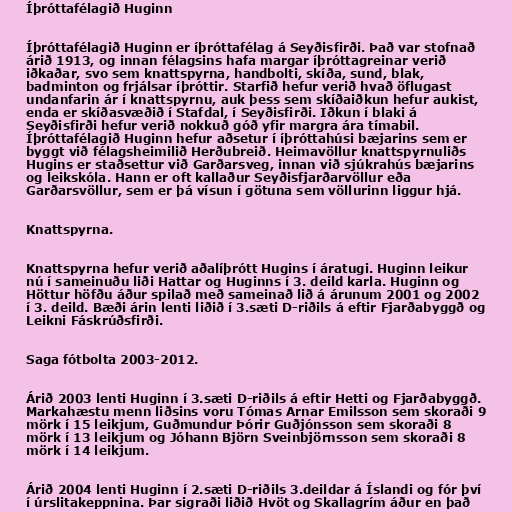
Íþróttafélagið Huginn

Íþróttafélagið Huginn er íþróttafélag á Seyðisfirði. Það var stofnað
árið 1913, og innan félagsins hafa margar íþróttagreinar verið
iðkaðar, svo sem knattspyrna, handbolti, skíða, sund, blak,
badminton og frjálsar íþróttir. Starfið hefur verið hvað öflugast
undanfarin ár í knattspyrnu, auk þess sem skíðaiðkun hefur aukist,
enda er skíðasvæðið í Stafdal, í Seyðisfirði. Iðkun í blaki á
Seyðisfirði hefur verið nokkuð góð yfir margra ára tímabil.
Íþróttafélagið Huginn hefur aðsetur í íþróttahúsi bæjarins sem er
byggt við félagsheimilið Herðubreið. Heimavöllur knattspyrnuliðs
Hugins er staðsettur við Garðarsveg, innan við sjúkrahús bæjarins
og leikskóla. Hann er oft kallaður Seyðisfjarðarvöllur eða
Garðarsvöllur, sem er þá vísun í götuna sem völlurinn liggur hjá.

Knattspyrna.

Knattspyrna hefur verið aðalíþrótt Hugins í áratugi. Huginn leikur
nú í sameinuðu liði Hattar og Huginns í 3. deild karla. Huginn og
Höttur höfðu áður spilað með sameinað lið á árunum 2001 og 2002
í 3. deild. Bæði árin lenti liðið í 3.sæti D-riðils á eftir Fjarðabyggð og
Leikni Fáskrúðsfirði.

Saga fótbolta 2003-2012.

Árið 2003 lenti Huginn í 3.sæti D-riðils á eftir Hetti og Fjarðabyggð.
Markahæstu menn liðsins voru Tómas Arnar Emilsson sem skoraði 9
mörk í 15 leikjum, Guðmundur Þórir Guðjónsson sem skoraði 8
mörk í 13 leikjum og Jóhann Björn Sveinbjörnsson sem skoraði 8
mörk í 14 leikjum.

Árið 2004 lenti Huginn í 2.sæti D-riðils 3.deildar á Íslandi og fór því
í úrslitakeppnina. Þar sigraði liðið Hvöt og Skallagrím áður en það